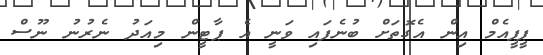
ޕީޕީއެމް އިން އެގޮތަށް ބުނެފައި ވަނީ އެ ޕާޓީން މިއަދު ނެރުނު ނޫސް